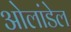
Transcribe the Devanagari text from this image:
ओलांडेल